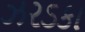
ઝરડકા